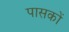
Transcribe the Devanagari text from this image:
पासकों